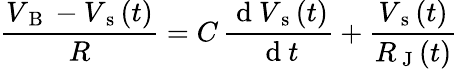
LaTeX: \frac{V_{\mathrm{~B~}}-V_{\mathrm{~s~}}(t)}{R}=C\, \frac{\mathrm{~d~}V_{\mathrm{~s~}}(t)}{\mathrm{~d~}t}+\frac{V_{\mathrm{~s~}}(t)}{R_{\mathrm{~J~}}(t)}